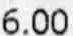
6.00